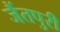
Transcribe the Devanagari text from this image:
जैंतपुरी